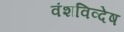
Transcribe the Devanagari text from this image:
वंशविव्देष